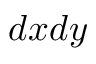
d x d y